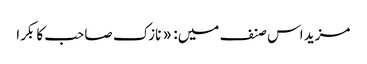
مزید اس صنف میں: « نازک صاحب کا بکرا